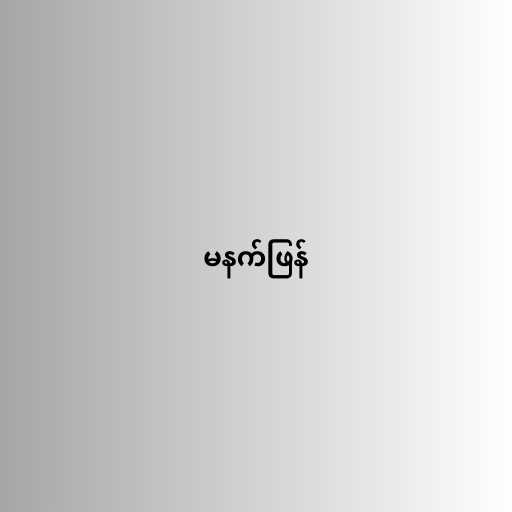
မနက်ဖြန်